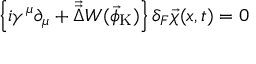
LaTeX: \left\{ i \gamma ^ { \mu } \partial _ { \mu } + \vec { \vec { \Delta } } W ( \vec { \phi } _ { \mathrm { K } } ) \right\} \delta _ { F } \vec { \chi } ( x , t ) = 0